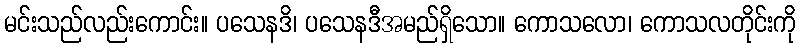
မင်းသည်လည်းကောင်း။ ပသေနဒိ၊ ပသေနဒီအမည်ရှိသော။ ကောသလော၊ ကောသလတိုင်းကို